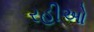
રહીઓ